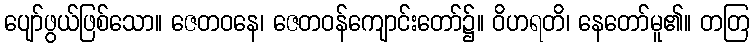
ပျော်ဖွယ်ဖြစ်သော။ ဇေတဝနေ၊ ဇေတဝန်ကျောင်းတော်၌။ ဝိဟရတိ၊ နေတော်မူ၏။ တတြ